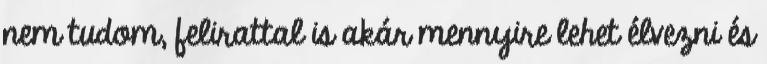
nem tudom, felirattal is akár mennyire lehet élvezni és